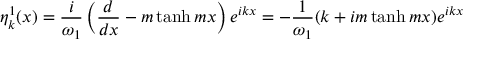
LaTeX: \eta _ { k } ^ { 1 } ( x ) = \frac { i } { \omega _ { 1 } } \left( \frac { d } { d x } - m \operatorname { t a n h } m x \right) e ^ { i k x } = - \frac { 1 } { \omega _ { 1 } } ( k + i m \operatorname { t a n h } m x ) e ^ { i k x }